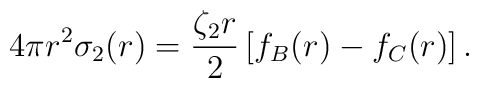
4 \pi r^2 \sigma_2(r) = \frac{\zeta_2 r}{2} \left[f_B(r) -f_C(r)\right].